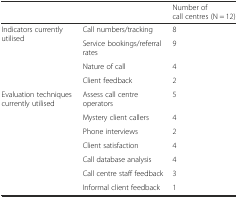
<table><thead><tr><td></td><td></td><td><b>Number of call centres (N = 12)</b></td></tr></thead><tbody><tr><td rowspan="4">Indicators currently utilised</td><td>Call numbers/tracking</td><td>8</td></tr><tr><td>Service bookings/referral rates</td><td>9</td></tr><tr><td>Nature of call</td><td>4</td></tr><tr><td>Client feedback</td><td>2</td></tr><tr><td rowspan="7">Evaluation techniques currently utilised</td><td>Assess call centre operators</td><td>5</td></tr><tr><td>Mystery client callers</td><td>4</td></tr><tr><td>Phone interviews</td><td>2</td></tr><tr><td>Client satisfaction</td><td>4</td></tr><tr><td>Call database analysis</td><td>4</td></tr><tr><td>Call centre staff feedback</td><td>3</td></tr><tr><td>Informal client feedback</td><td>1</td></tr></tbody></table>